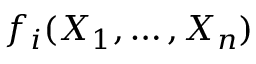
f _ { i } ( X _ { 1 } , \dots , X _ { n } )